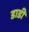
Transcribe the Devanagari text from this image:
डाडी